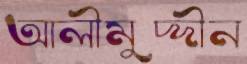
আলীমুদ্দীন